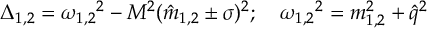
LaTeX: \Delta _ { 1 , 2 } = { \omega _ { 1 , 2 } } ^ { 2 } - M ^ { 2 } ( { \hat { m } } _ { 1 , 2 } \pm \sigma ) ^ { 2 } ; \quad { \omega _ { 1 , 2 } } ^ { 2 } = m _ { 1 , 2 } ^ { 2 } + { \hat { q } } ^ { 2 }